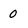
Character: 0